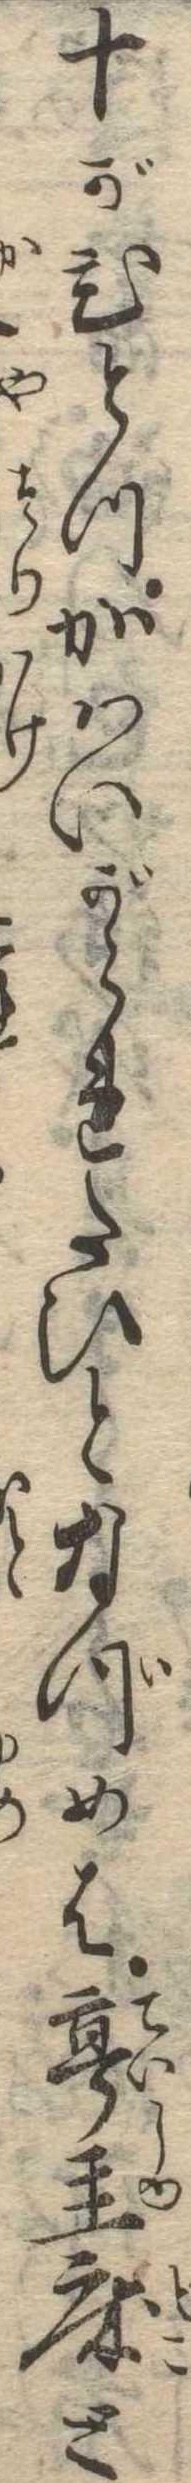
十がひとつかはいがられたひとなづめは亭主床と